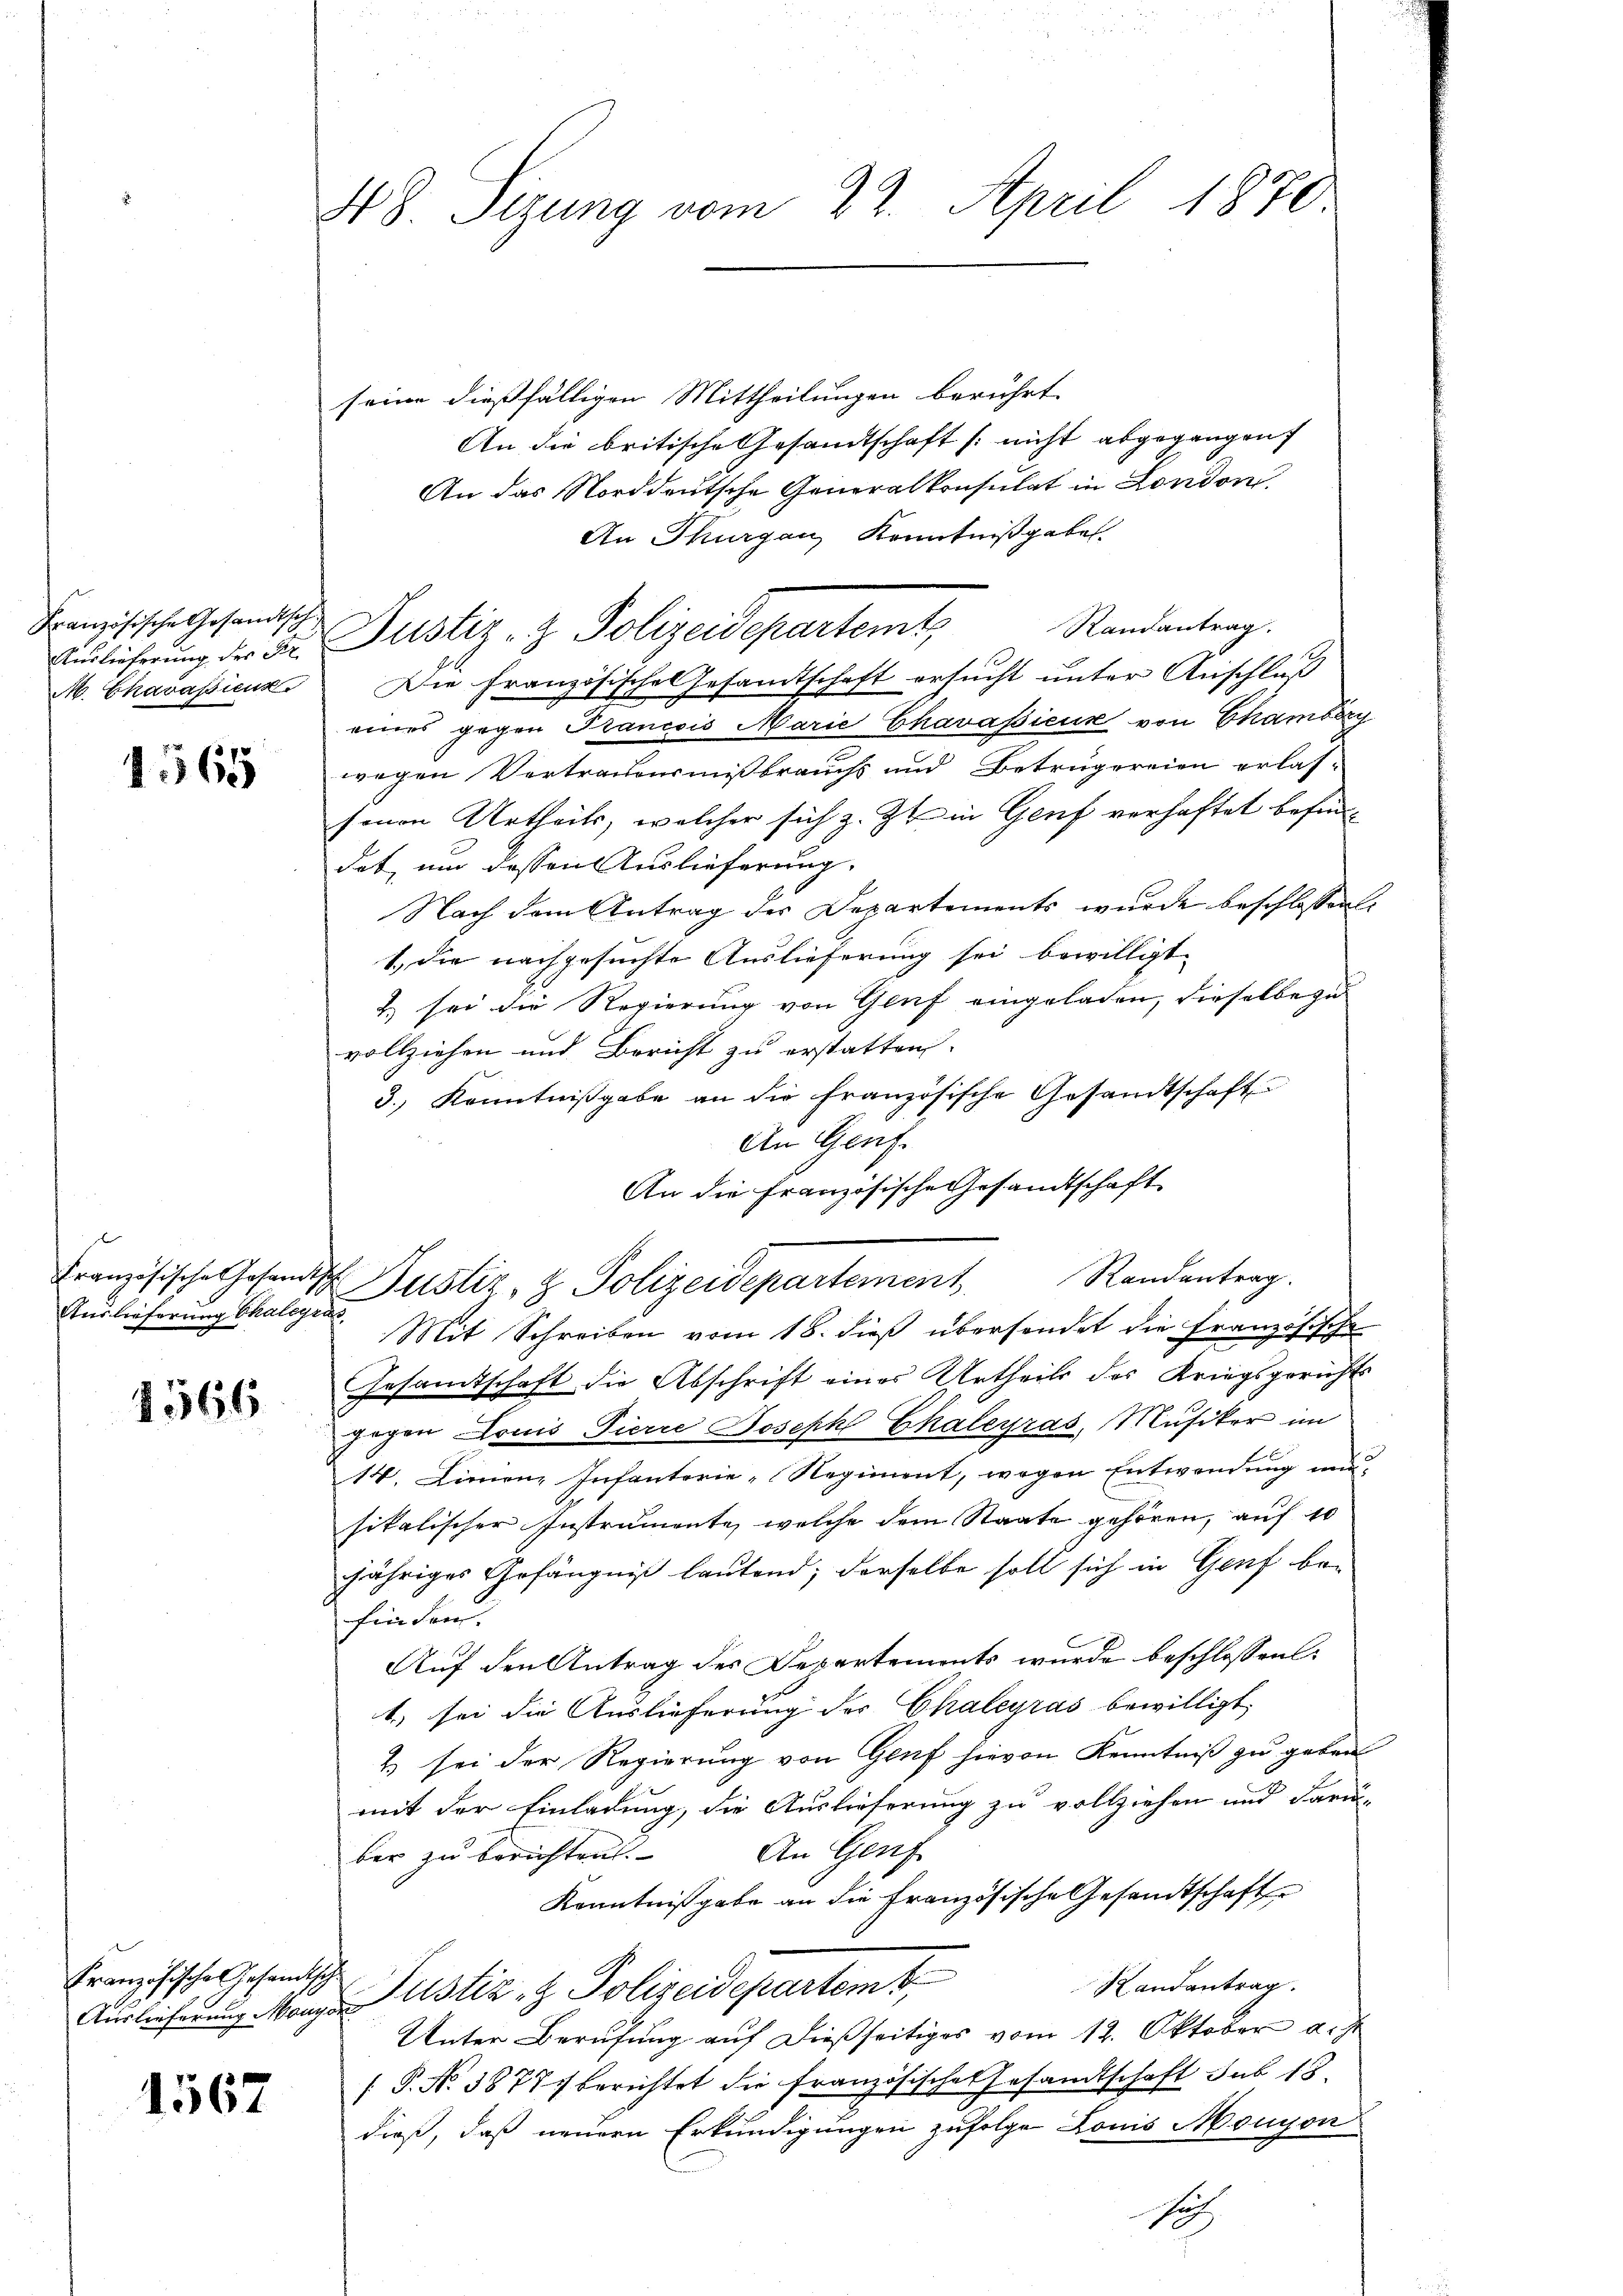
Französische Gesandtsch

1565

Auslieferung Chalegras

1566

Französische Gesandtische

1567

seine dießfälligen Mittheilungen berührt.
An die britische Gesandtschaft (nicht abgegangen
An das Norddeutsche Generalkonsulat in London
An Thurgau, Kenntnißgaben
Ausführung der der Justiz- & Polizeidepartemt, Randantrag.
M. Chavassieuz. Die Französische Gesamtschaft ersucht unter Anschluß
eines gegen Prancois Marie Charassieur von Chamberg
wegen Vertrauensmißbrauchs und Betrügereien erlas-
senen Urtheils, welcher sich z. Zt. in Genf verhaftet befind
dat, um dessen Auslieferung.
Nach dem Antrag der Departements wurde beschlossen:
1.) Die nachgesuchte Auslieferung sei bewilligt.
2) sei die Regierung von Genf eingeladen, dieselbe zu
vollziehen und Bericht zu erstatten.
3.) Kenntnißgabe an die französische Gesandtschaft
An Genf.
An die Französische Gesandtschaft
Französische Hosensch Justiz- & Polizeidepartement, Randantrag.
Mit Schreiben vom 18. dieß übersendet die Französische
Gesamtschaft die Abschrift eines Urtheils des Kriegsgericht
gogen Louis Pierre Joseph Chaleyras, Musiker im
14. Linienz Infanterie-Regiment, wegen Entwendung nun,
sitalischer Instrumente, welche dem Staate gehören, auf 10
jähriges Gefängniß lautend; derselbe soll sich in Genf befinden.
Auf den Antrag des Departements wurde beschlossen:
1) sei die Auslieferung der Chaleyras bewilligt
& sei der Regierung von Genf hievon Kenntniß zu geben
mit der Einladung, die Auslieferung zu vollziehen und Fari-
An Genf
ber zu berichten
Kenntnißgabe an die Französische Gesandtschafte
Randantrag.
Auslieferung anzustiz- & Polizeidepartem t
Unter Berufung auf dießseitiges vom 12. Oktober d.J.
[P. Nr. 3877/ berichtet die französisches Gesandtschaft sub 15.
dieß, daß neuern Erkundigungen zufolge Louis Monison
Soh

48. Sizung vom 22. April 1870